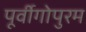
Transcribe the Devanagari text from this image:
पूर्वीगोपुरम